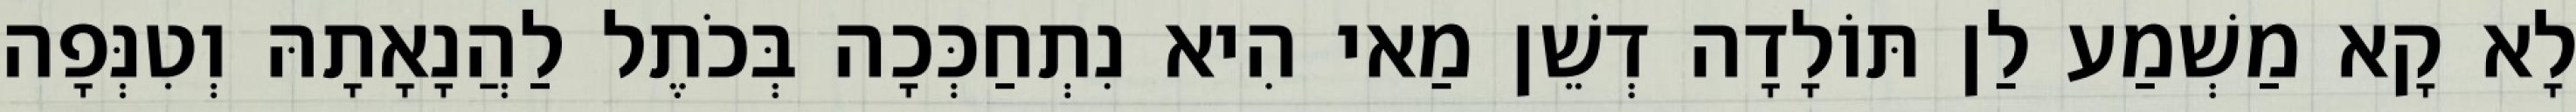
לָא קָא מַשְׁמַע לַן תּוֹלָדָה דְשֵׁן מַאי הִיא נִתְחַכְּכָה בְּכֹתֶל לַהֲנָאָתָהּ וְטִנְּפָה